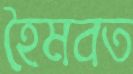
হৈমবত